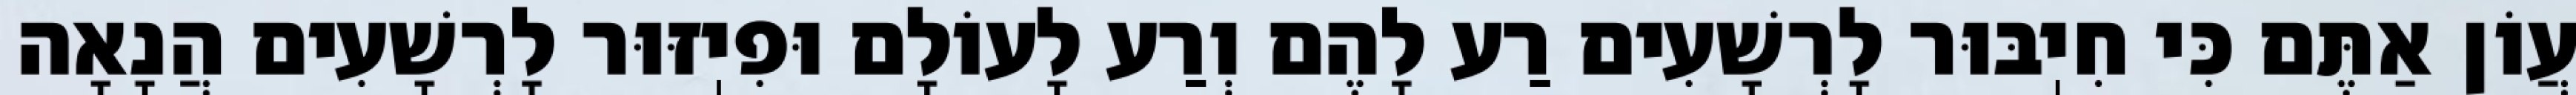
עֲוֹן אַתֶּם כִּי חִיֽבּוּר לָרְשָׁעִים רַע לָהֶם וְרַע לָעוֹלָם וּפִיֽזּוּר לָרְשָׁעִים הֲנָאָה